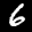
Label: 6